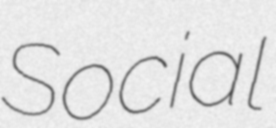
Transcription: Social